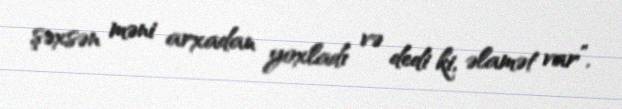
şəxsən məni arxadan yoxladı və dedi ki, əlamət var”.